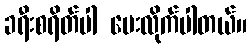
ခရီးစရိတ်ပါ ပေးလိုက်ပါတယ်။